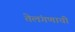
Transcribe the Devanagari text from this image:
तेलंगणाची